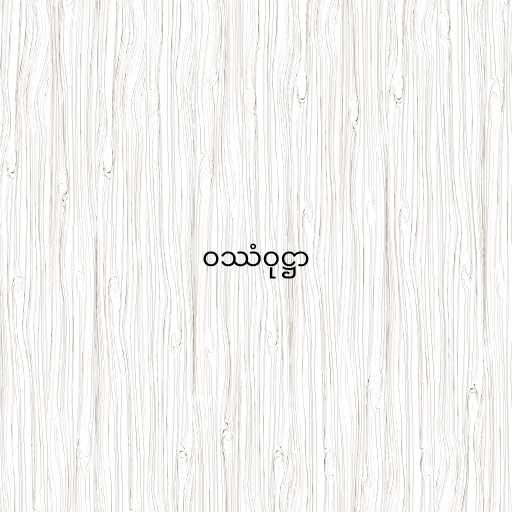
ဝဿံဝုဋ္ဌာ